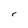
Character: C